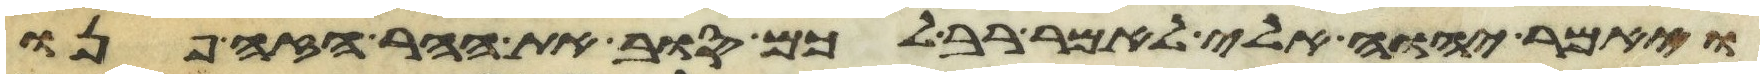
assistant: ויאמר יהוה אלי לאמר רב לכם סוב את ההר הזה פנו